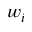
w _ { i }